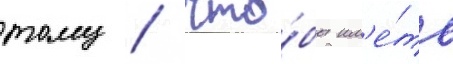
тому / что́бы им'е́ть